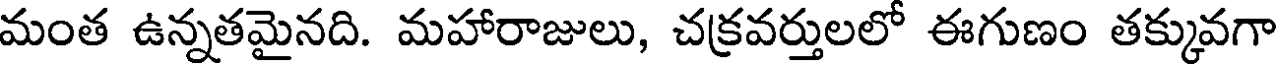
మంత ఉన్నతమైనది. మహారాజులు, చక్రవర్తులలో ఈగుణం తక్కువగా